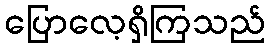
ပြောလေ့ရှိကြသည်